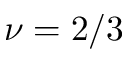
\nu = 2 / 3